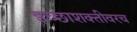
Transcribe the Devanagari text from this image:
इच्छाशक्तीवरच